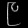
Digit: ၉